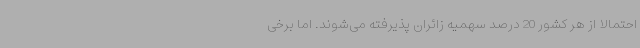
احتمالا از هر کشور 20 درصد سهمیه زائران پذیرفته می‌شوند. اما برخی